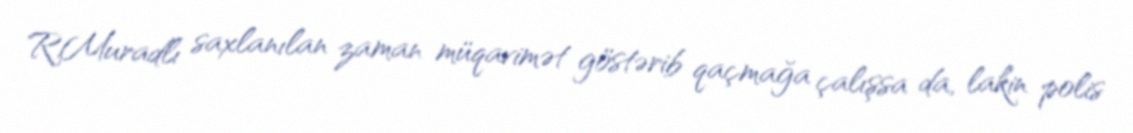
R.Muradlı saxlanılan zaman müqavimət göstərib qaçmağa çalışsa da, lakin polis